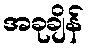
အခုချိန်